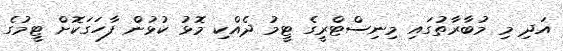
އަދި މި މުބާރާތުގައި މިނިސްޓްރީގެ ޓީމު ދެއްކި މޮޅު ކުޅުން ފާހަގަކޮށް ޓީމުގެ